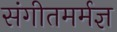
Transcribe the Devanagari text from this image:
संगीतमर्मज्ञ